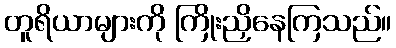
တူရိယာများကို ကြိုးညှိနေကြသည်။